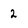
Character: 2